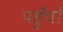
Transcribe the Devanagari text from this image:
पहुँचों